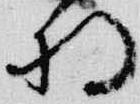
将